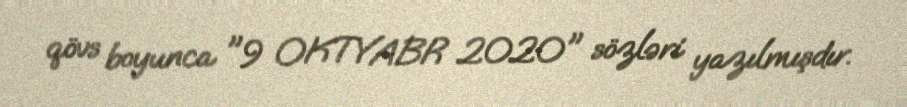
qövs boyunca "9 OKTYABR 2020" sözləri yazılmışdır.